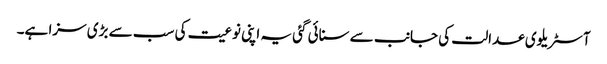
آسٹریلوی عدالت کی جانب سے سنائی گئی یہ اپنی نوعیت کی سب سے بڑی سزا ہے۔